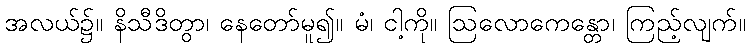
အလယ်၌။ နိသီဒိတွာ၊ နေတော်မူ၍။ မံ၊ ငါ့ကို။ ဩလောကေန္တော၊ ကြည့်လျက်။